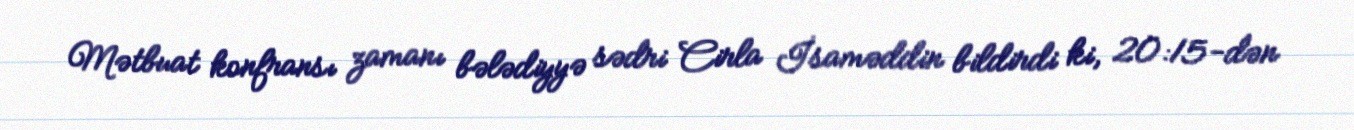
Mətbuat konfransı zamanı bələdiyyə sədri Cirla İsaməddin bildirdi ki, 20:15-dən